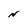
Character: N